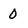
Character: 0